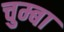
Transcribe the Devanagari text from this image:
चुम्बा